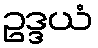
ဥဒ္ဒယံ